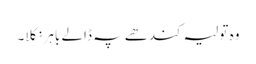
وہ تولیہ کندھے پہ ڈالے باہر نکلا۔